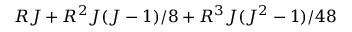
R J + R ^ { 2 } J ( J - 1 ) / 8 + R ^ { 3 } J ( J ^ { 2 } - 1 ) / 4 8